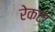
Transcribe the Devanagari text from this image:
रेकटा